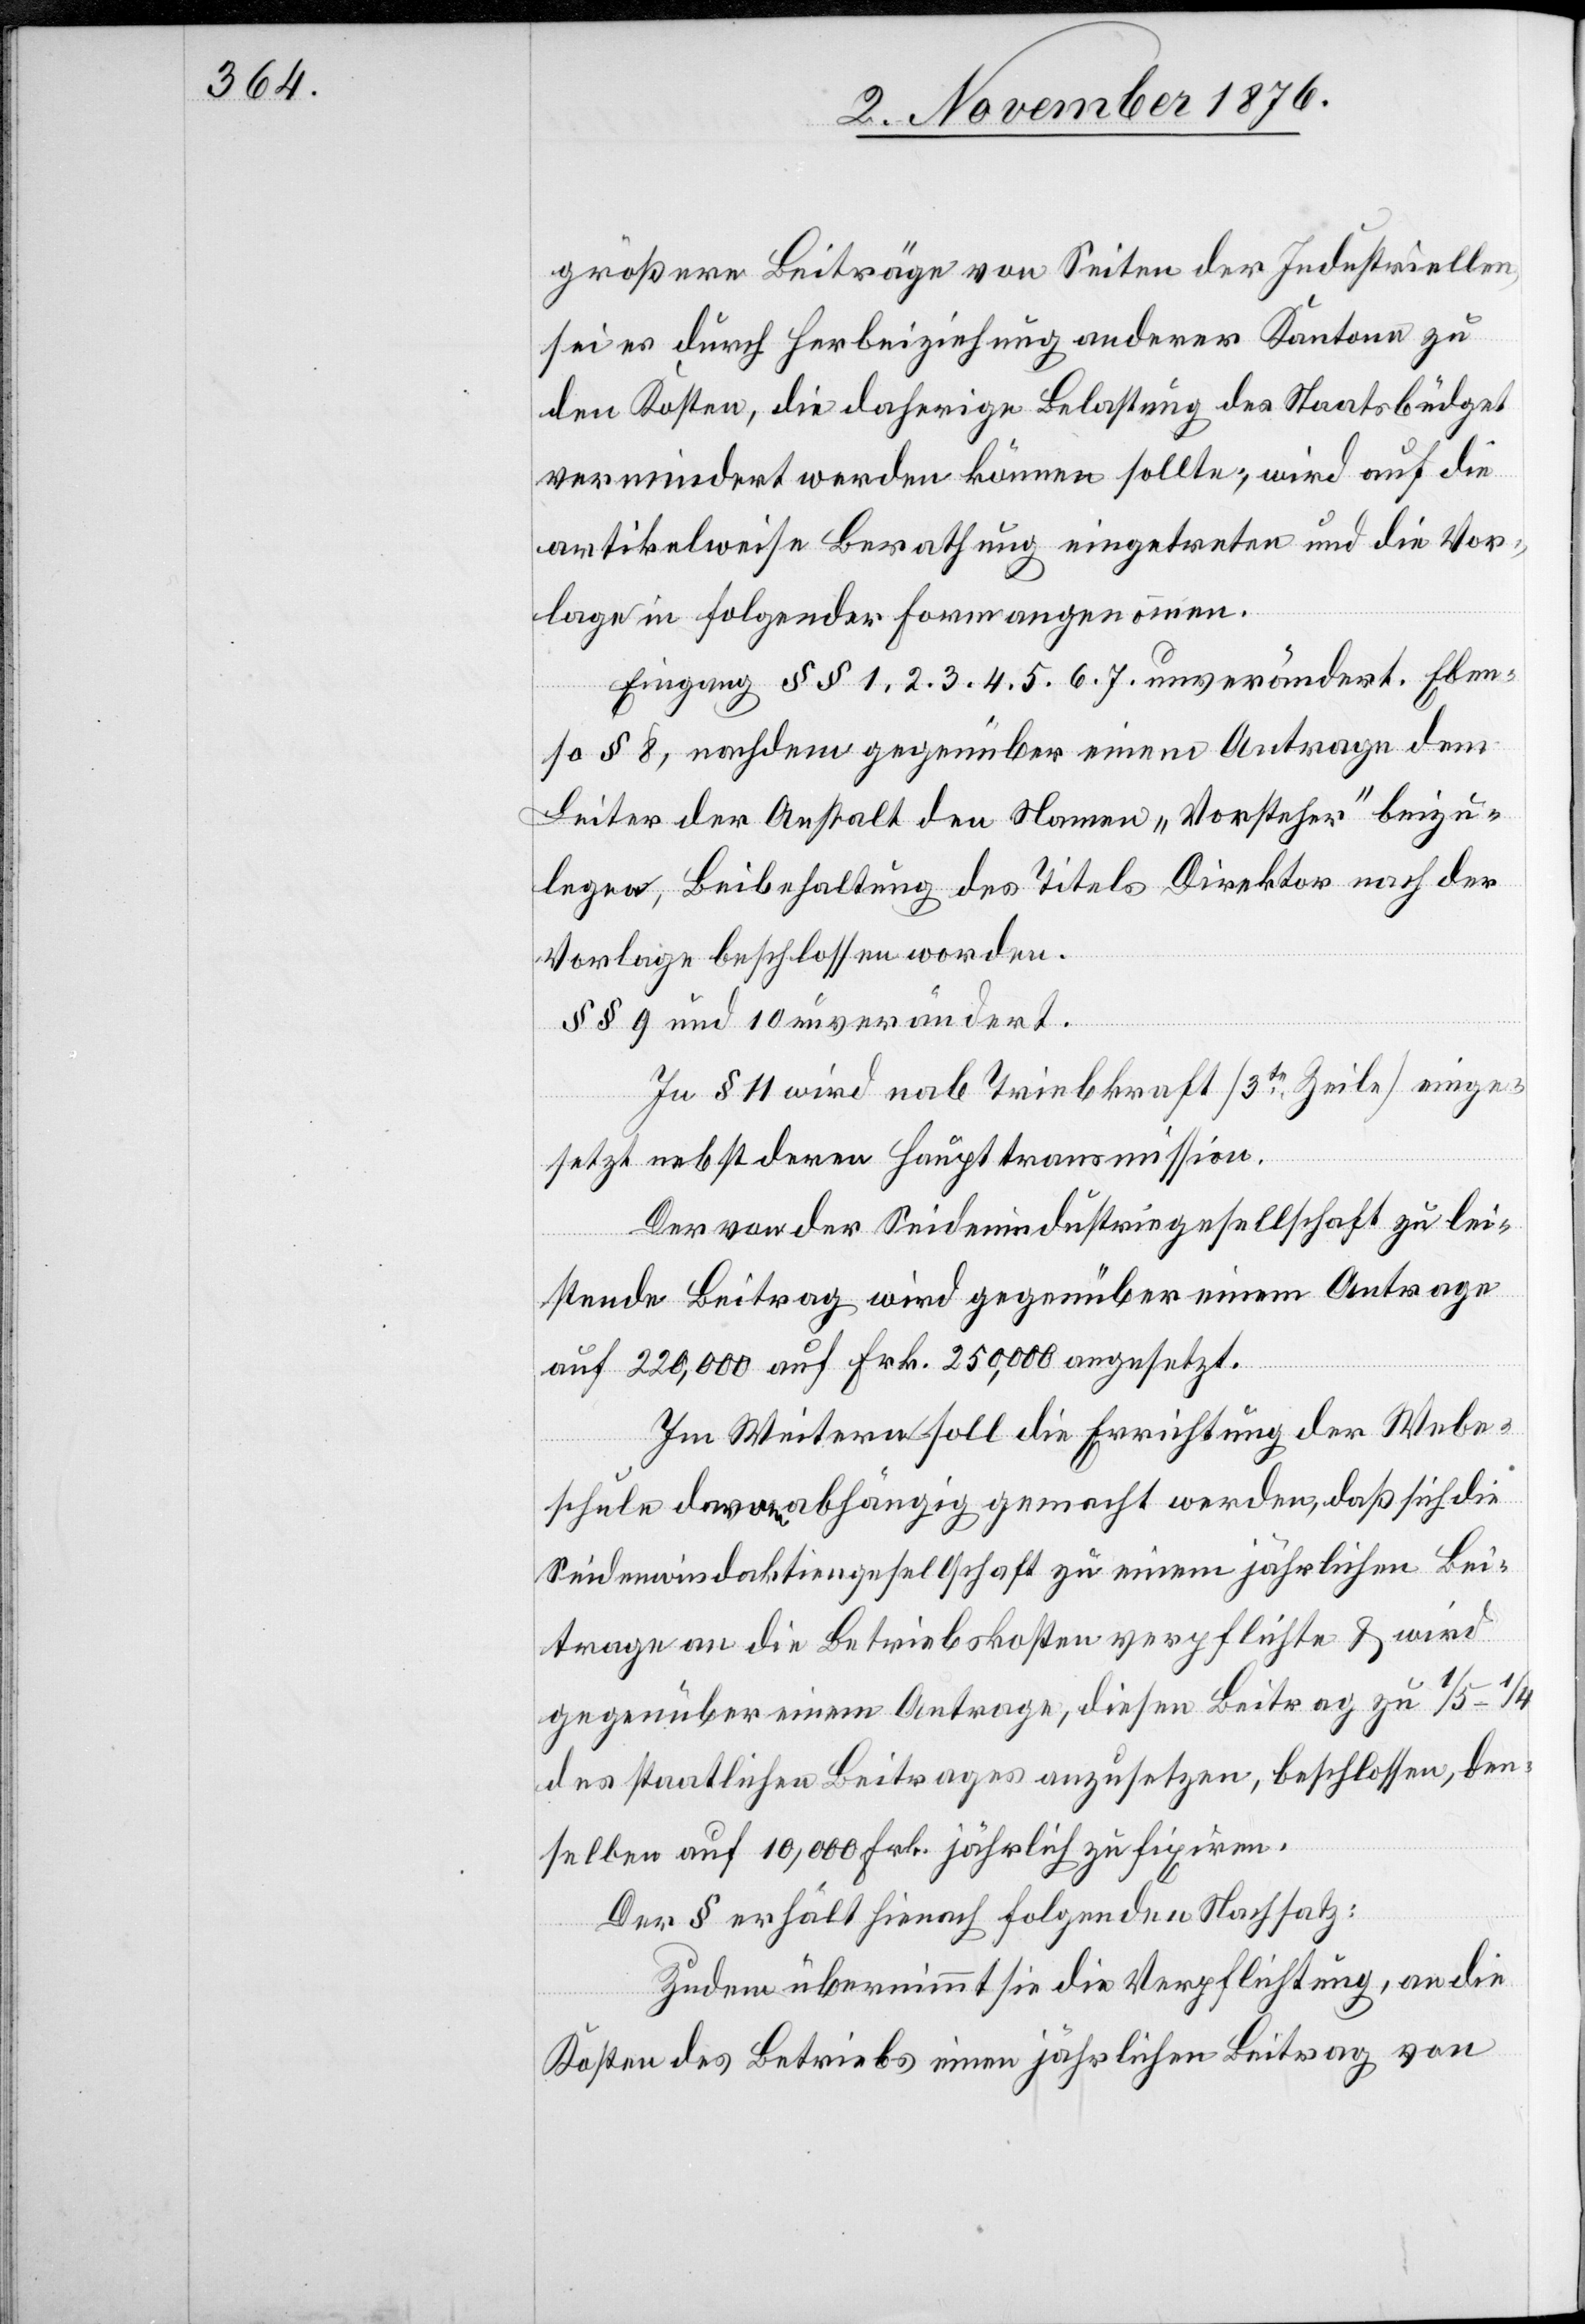
größere Beiträge von Seiten der Industriellen,
sei es durch Herbeiziehung anderer Kantone zu
den Kosten, die daherige Belastung des Staatsbüdget
vermindert werden können sollte, wird auf die
artikelweise Berathung eingetreten und die Vor¬
lage in folgender Form angenommen.
Eingang §§ 1. 2. 3. 4. 5. 6. 7. unverändert. Eben¬
so § 8, nachdem gegenüber einem Antrage dem
Leiter der Anstalt den Namen „Vorsteher“ beizu¬
legen, Beibehaltung des Titels Direktor nach der
Vorlage beschlossen worden.
§§ 9 und 10 unverändert.
In § 11 wird nab [sic!] Triebkraft [3te Zeile] einge¬
setzt nebst deren Haupttransmission.
Der von der Seidenindustriegesellschaft zu lei¬
stende Beitrag wird gegenüber einem Antrage
auf 220,000 auf Frk. 250,000 angesetzt.
Im Weitern soll die Errichtung der Webe¬
schule davon abhängig gemacht werden, daß sich die
Seidenwindaktiengesellschaft zu einem jährlichen Bei¬
trage an die Betriebskosten verpflichte & wird
gegenüber einem Antrage, diesen Beitrag zu 1/5–1/4
des staatlichen Beitrages anzusetzen, beschlossen, den¬
selben auf 10,000 Frk. jährlich zu fixiren.
Der § erhält hienach folgenden Nachsatz:
Zudem übernimmt sie die Verpflichtung, an die
Kosten des Betriebs einen jährlichen Beitrag von